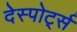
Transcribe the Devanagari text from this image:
देस्पोर्ट्स